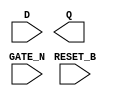
module sky130_fd_sc_hs__dlrtn (
    RESET_B,
    D      ,
    GATE_N ,
    Q
);

    input  RESET_B;
    input  D      ;
    input  GATE_N ;
    output Q      ;

    // Voltage supply signals
    supply1 VPWR;
    supply0 VGND;

endmodule